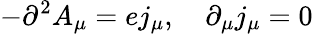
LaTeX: -\partial^{2}A_{\mu}=ej_{\mu},\quad\partial_{\mu}j_{\mu}=0